Indian journal of veterinary science and animal husbandry - Volumes 24-25, 1954-1955
Year: 1954
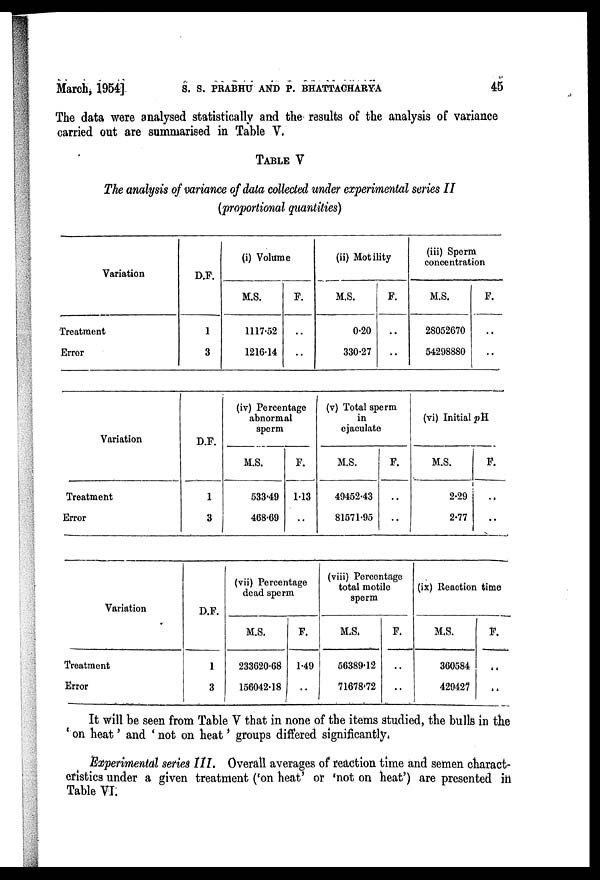
March, 1954] S. S. PRABHU AND P. BHATTACHARYA 45
The data were analysed statistically and the results of the analysis of variance
carried out are summarised in Table V.
TABLE V
The analysis of variance of data collected under experimental series II
(proportional quantities)
Variation
Treatment
Error
D.F.
1
3
(i) Volume
M.S.
1117.52
1216.14
F.
..
..
(ii) Motility
M.S.
0.20
330.27
F.
..
..
(iii) Sperm
concentration
M.S.
28052670
54298880
F.
..
..
Variation
Treatment
Error
D.F.
1
3
(iv) Percentage
abnormal
sperm
M.S.
533.49
468.69
F.
1.13
..
(v) Total sperm
in
ejaculate
M.S.
49452.43
81571.95
F.
..
..
(vi) Initial pH
M.S.
2.29
2.77
F.
..
..
Variation
Treatment
Error
D.F.
1
3
(vii) Percentage
dead sperm
M.S.
233620.68
156042.18
F.
1.49
..
(viii) Percentage
total motile
sperm
M.S.
56389.12
71678.72
F.
..
..
(ix) Reaction time
M.S.
360584
429427
F.
..
..
It will be seen from Table V that in none of the items studied, the bulls in the
'on heat' and ' not on heat' groups differed significantly,
Experimental series III. Overall averages of reaction time and semen charact-
eristics under a given treatment ('on heat' or 'not on heat') are presented in
Table VI.